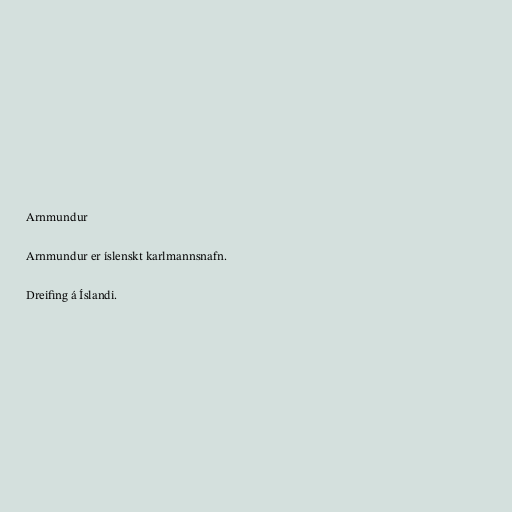
Arnmundur

Arnmundur er íslenskt karlmannsnafn.

Dreifing á Íslandi.